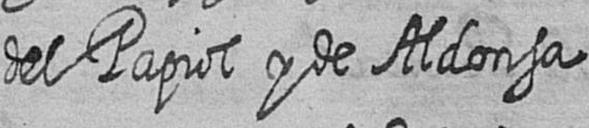
del Papiol y de Aldonsa